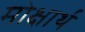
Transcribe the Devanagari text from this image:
मोक्षार्थं